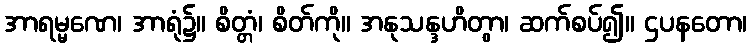
အာရမ္မဏေ၊ အာရုံ၌။ စိတ္တံ၊ စိတ်ကို။ အနုသန္ဒဟိတွာ၊ ဆက်စပ်၍။ ဌပနတော၊